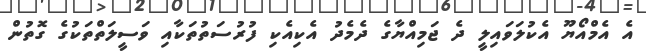
އެ އެމްއޯޔޫ އެކުލަވައިލީ ދެ ޖަމިއްޔާގެ ދެމެދު އެކިއެކި ފުރުސަތުތަކާއި ވަސީލަތްތަކުގެ ގޮތުން